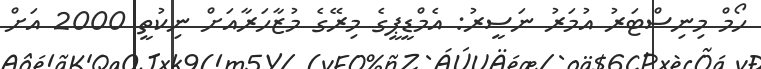
ހޯމް މިނިސްޓަރު އުމަރު ނަސީރު: އެމްޑީީޕީގެ މިރޭގެ މުޒާހަރާއަށް ނިކުތީ 2000 އަށް